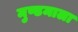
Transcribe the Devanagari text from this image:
मुण्डमाला